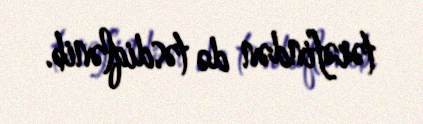
tərəfindən də təsdiqlənib.